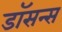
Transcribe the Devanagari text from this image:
डॉसन्स